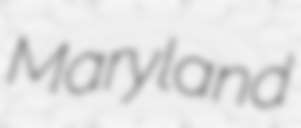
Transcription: Maryland